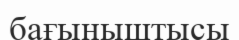
бағыныштысы